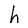
Character: h